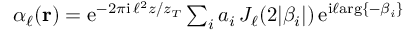
\begin{array} { r } { \alpha _ { \ell } ( { \bf r } ) = \mathrm { e } ^ { - 2 \pi \mathrm { i } \, \ell ^ { 2 } z / z _ { T } } \sum _ { i } a _ { i } \, J _ { \ell } ( 2 | \beta _ { i } | ) \, \mathrm { e } ^ { \mathrm { i } \ell \mathrm { a r g } \{ - \beta _ { i } \} } } \end{array}